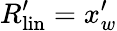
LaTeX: R_{\mathrm{{lin}}}^{\prime}=x_{w}^{\prime}